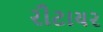
રીટાયર